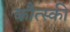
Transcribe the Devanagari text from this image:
कौत्स्की